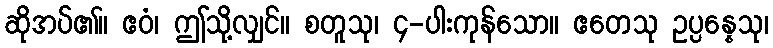
ဆိုအပ်၏။ ဧဝံ၊ ဤသို့လျှင်။ စတူသု၊ ၄-ပါးကုန်သော။ ဧတေသု ဥပ္ပန္နေသု၊